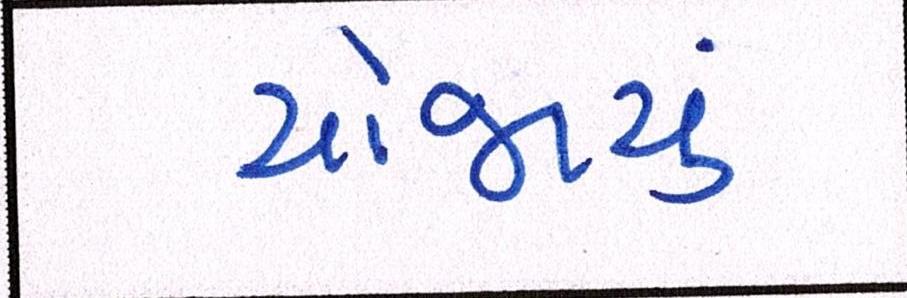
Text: યોજાયું